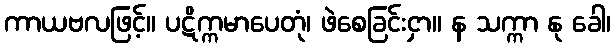
ကာယဗလဖြင့်။ ပဋိက္ကမာပေတုံ၊ ဖဲစေခြင်းငှာ။ န သက္ကာ နု ခေါ၊